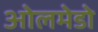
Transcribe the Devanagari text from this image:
ओलमेडो